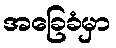
အခြေခံမှာ